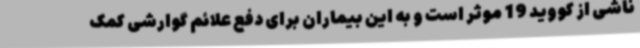
ناشی از کووید 19 موثر است و به این بیماران برای دفع علائم گوارشی کمک